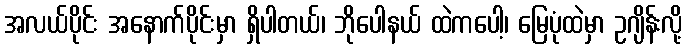
အလယ်ပိုင်း အနောက်ပိုင်းမှာ ရှိပါတယ်၊ ဘိုပေါနယ် ထဲကပေါ့၊ မြေပုံထဲမှာ ဥဂျိန်းလို့